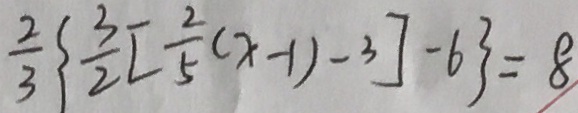
\frac { 2 } { 3 } \{ \frac { 3 } { 2 } [ \frac { 2 } { 5 } ( x - 1 ) - 3 ] - 6 \} = 8